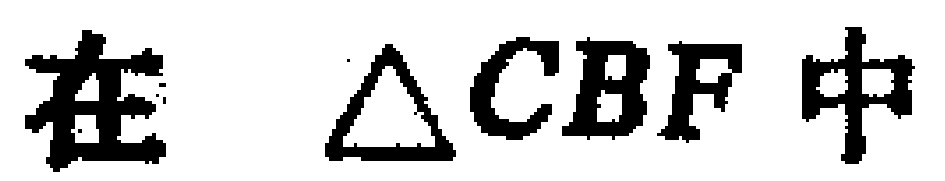
在 $\triangle CBF$ 中